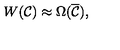
W ( { \cal C } ) \approx \Omega ( \overline { { \cal C } } ) ,